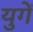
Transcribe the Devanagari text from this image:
युगें